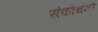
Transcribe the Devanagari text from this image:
संकोचनी